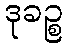
ဒုခဉ္စ